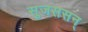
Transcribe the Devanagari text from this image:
सुजससन्